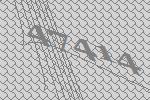
47414